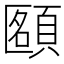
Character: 𩓴